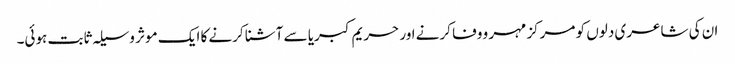
ان کی شاعری دلوں کو مرکز مہر و وفا کرنے اور حریم کبریا سے آشنا کرنے کا ایک موثر وسیلہ ثابت ہوئی۔